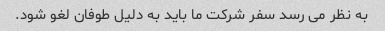
به نظر می رسد سفر شرکت ما باید به دلیل طوفان لغو شود.